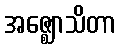
အဇ္ဈောသိတာ